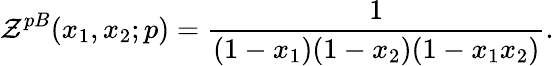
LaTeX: {\cal Z}^{pB}(x_{1},x_{2};p)=\frac{1}{(1-x_{1})(1-x_{2})(1-x_{1}x_{2})}.